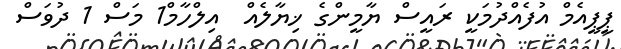
ޕީޕީއެމް އުފެއްދުމަކީ ރައީސް ޔާމީންގެ ޚިޔާލެއް  އިލްހާމް1 މަސް 1 ދުވަސް